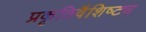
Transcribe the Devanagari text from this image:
प्रकृतिवैशिष्ट्य